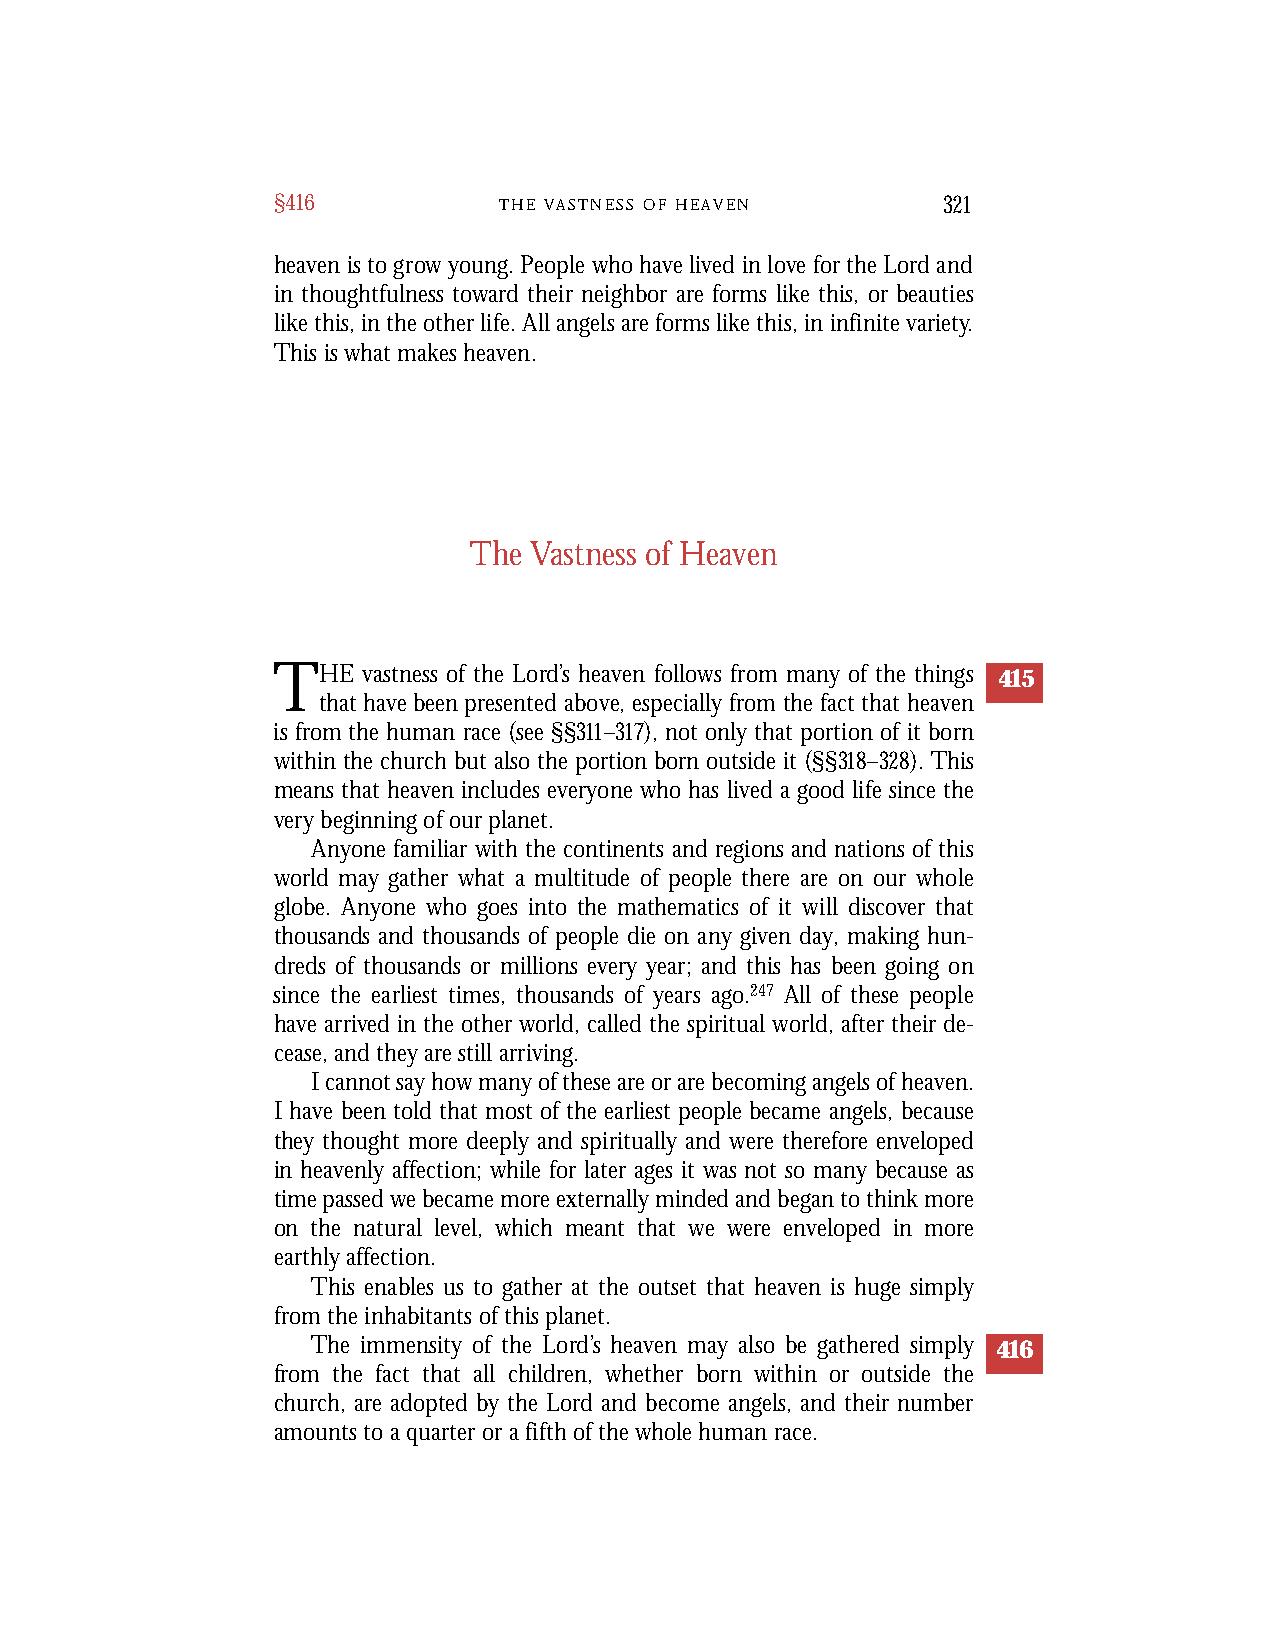
§416           T H E V A S T N E S S O F H E A V E N 321
 heaven is to grow young. People who have lived in love for the Lord and
 in thoughtfulness toward their neighbor are forms like this, or beauties
 like this, in the other life. All angels are forms like this, in infinite variety.
 This is what makes heaven.
 The Vastness of Heaven
 THE   vastness of the Lord’s heaven follows from many of the things 415
 that have been presented above, especially from the fact that heaven
 is from the human race (see §§311–317), not only that portion of it born
 within the church but also the portion born outside it (§§318–328). This
 means that heaven includes everyone who has lived a good life since the
 very beginning of our planet.
 Anyone familiar with the continents and regions and nations of this
 world may gather what a multitude of people there are on our whole
 globe. Anyone who goes into the mathematics of it will discover that
 thousands and thousands of people die on any given day, making hun-
 dreds of thousands or millions every year; and this has been going on
 since the earliest times, thousands of years ago.247 All of these people
 have arrived in the other world, called the spiritual world, after their de-
 cease, and they are still arriving.
 I cannot say how many of these are or are becoming angels of heaven.
 I have been told that most of the earliest people became angels, because
 they thought more deeply and spiritually and were therefore enveloped
 in heavenly affection; while for later ages it was not so many because as
 time passed we became more externally minded and began to think more
 on the natural level, which meant that we were enveloped in more
 earthly affection.
 This enables us to gather at the outset that heaven is huge simply
 from the inhabitants of this planet.
 The immensity of the Lord’s heaven may also be gathered simply 416
 from the fact that all children, whether born within or outside the
 church, are adopted by the Lord and become angels, and their number
 amounts to a quarter or a fifth of the whole human race.